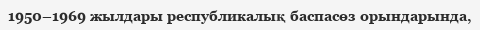
1950–1969 жылдары республикалық баспасөз орындарында,